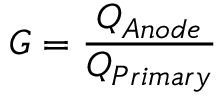
G = \frac { Q _ { A n o d e } } { Q _ { P r i m a r y } }